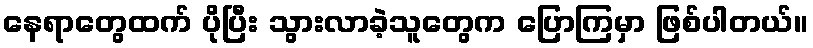
နေရာတွေထက် ပိုပြီး သွားလာခဲ့သူတွေက ပြောကြမှာ ဖြစ်ပါတယ်။